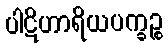
ပါဋိဟာရိယပက္ခဉ္စ